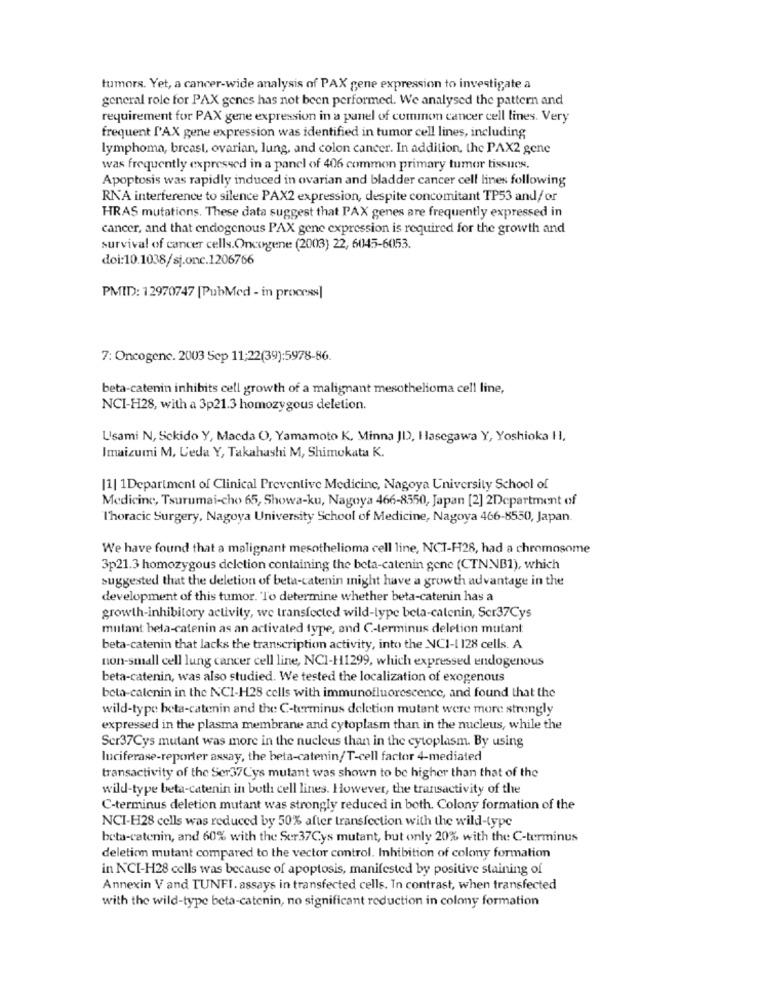
tumors. Yet, a cancer-wide analysis of PAX gene expression to investigate a
general role for PAX genes has not been performed. We analysed the pattern and
requirement for PAX gene expression in a panel of common cancer cell lines. Very
frequent l'AX gene expression was identified in tumor cell lines, including
lymphoma, breast, ovarian, lung, and colon cancer. In addition, the PAX2 gene
was frequently expressed in a panel of 406 common primary tumor tissues.
Apoptosis was rapidly induced in ovarian and bladder cancer cell lines following
RNA interference to silence PAX2 expression, despite concomitant TP53 and/or
HRAS mutations. These data suggest that PAX genes are frequently expressed in
cancer, and that endogenous PAX gene expression is required for the growth and
survival of cancer cells.Oncogene (2003) 22, 6045-6053.
doi:10.1038/sj.onc.1206766
PMID: 12970747 [PubMed - in process]
7: Oncogene. 2003 Sep 11:22(39):5978-86.
beta-catenin inhibits cell growth of a malignant mesothelioma cell line,
NCI-H28, with a 3p21.3 homozygous deletion.
Usami N, Sckido Y, Macda O, Yamamoto K. Minna JD), Hasegawa Y, Yoshioka H,
Imaizumi M, Ceda Y, Takahashi M, Shimokata K.
|1| 1Department of Clinical Preventive Medicine, Nagoya University School of
Medicine, Tsurumai-cho 65, Showa-ku, Nagoya 466-8550, Japan [2] 2Department of
l'horacic Surgery, Nagoya University School of Medicine, Nagoya 466-8550, Japan.
We have found that a malignant mesothelioma cell line, NCT-H28, had a chromosome
3p21.3 homozygous deletion containing the beta-catenin gene (CTNNB1), which
suggested that the deletion of beta-catenin might have a growth advantage in the
development of this tumor. To determine whether beta-catenin has a
growth-inhibitory activity, we transfected wild-lype beta-catenin, Ser37Cys
mutant bela-catenin as an activated type, and C-terminus deletion mutant
beta-catenin that lacks the transcription activity, into the NC1-1 128 cells. A
non-small cell lung cancer cell line, NCI-H1299, which expressed endogenous
beta-catenin, was also studied. We tested the localization of exogenous
beta-calenin in the NCI-H28 cells with immunofluorescence, and found that the
wild-type beta-catenin and the C-terminus deletion mutant were more strongly
expressed in the plasma membrane and cytoplasm than in the nucleus, while the
Ser37Cys mutant was more in the nucleus than in the cytoplasm. By using
luciferase-reporter assay, the beta-catenin/T-cell factor 4-mediated
transactivity of the Ser37Cys mutant was shown to be higher than that of the
wild-type beta-catenin in both cell lines. However, the transactivity of the
C-terminus deletion mutant was strongly reduced in both. Colony formation of the
NCI-H28 cells was reduced by 50% after transfection with the wild-type
beta-catenin, and 60% with the Ser37Cys mutant, but only 20% with the C-terminus
deletion mutant compared to the vector control. Inhibition of colony formation
in NCI-H28 cells was because of apoptosis, manifested by positive staining of
Annexin V and TUNFI. assays in transfected cells. In contrast, when transfected
with the wild-type beta-catenin, no significant reduction in colony formation